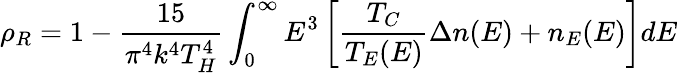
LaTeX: \rho_{R}=1-\frac{15}{\pi^{4}k^{4}T_{H}^{4}}\int_{0}^{\infty}E^{3}\left[\frac{T_{C}}{T_{E}(E)}\Delta n(E)+n_{E}(E)\right]dE